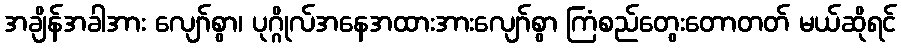
အချိန်အခါအား လျော်စွာ၊ ပုဂ္ဂိုလ်အနေအထားအားလျော်စွာ ကြံစည်တွေးတောတတ် မယ်ဆိုရင်